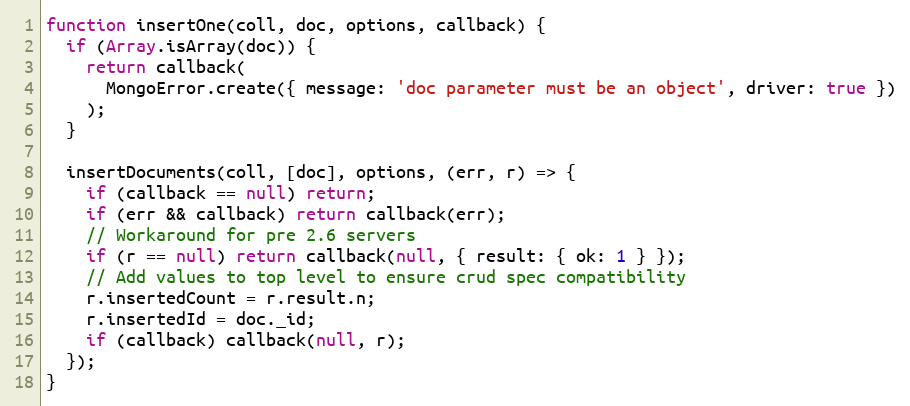
Language: JavaScript
function insertOne(coll, doc, options, callback) {
  if (Array.isArray(doc)) {
    return callback(
      MongoError.create({ message: 'doc parameter must be an object', driver: true })
    );
  }

  insertDocuments(coll, [doc], options, (err, r) => {
    if (callback == null) return;
    if (err && callback) return callback(err);
    // Workaround for pre 2.6 servers
    if (r == null) return callback(null, { result: { ok: 1 } });
    // Add values to top level to ensure crud spec compatibility
    r.insertedCount = r.result.n;
    r.insertedId = doc._id;
    if (callback) callback(null, r);
  });
}